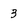
Character: 3